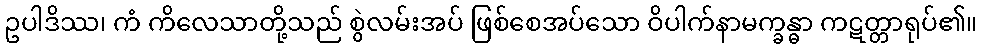
ဥပါဒိဿ၊ ကံ ကိလေသာတို့သည် စွဲလမ်းအပ် ဖြစ်စေအပ်သော ဝိပါက်နာမက္ခန္ဓာ ကဋတ္တာရုပ်၏။